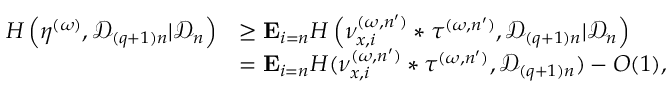
\begin{array} { r l } { H \left( \eta ^ { ( \omega ) } , { \mathcal D } _ { ( q + 1 ) n } | { \mathcal D } _ { n } \right) } & { \geq \mathbf E _ { i = n } H \left( \nu _ { x , i } ^ { ( \omega , n ^ { \prime } ) } * \tau ^ { ( \omega , n ^ { \prime } ) } , { \mathcal D } _ { ( q + 1 ) n } | { \mathcal D } _ { n } \right) } \\ & { = \mathbf E _ { i = n } H ( \nu _ { x , i } ^ { ( \omega , n ^ { \prime } ) } * \tau ^ { ( \omega , n ^ { \prime } ) } , { \mathcal D } _ { ( q + 1 ) n } ) - O ( 1 ) , } \end{array}